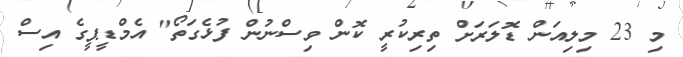
މި 23 މިލިއަން ޑޮލަރަށް ތިރިކުރީ ކޮން ވިސްނުން ފުޅެގަތޯ" އެމްޑީޕީގެ އިސް